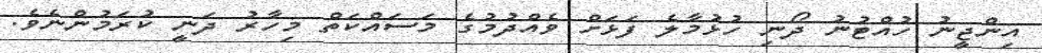
އިންޖީނު ހުއްޓުނު ދޯނި ހުޅުމާލެ ފަޅަށް ވެއްދުމުގެ މަސައްކަތް މިހާރު ދަނީ ކުރަމުންނެވެ.